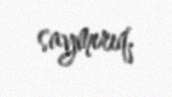
saymırıq.